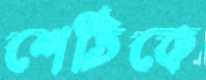
শেঠিকে